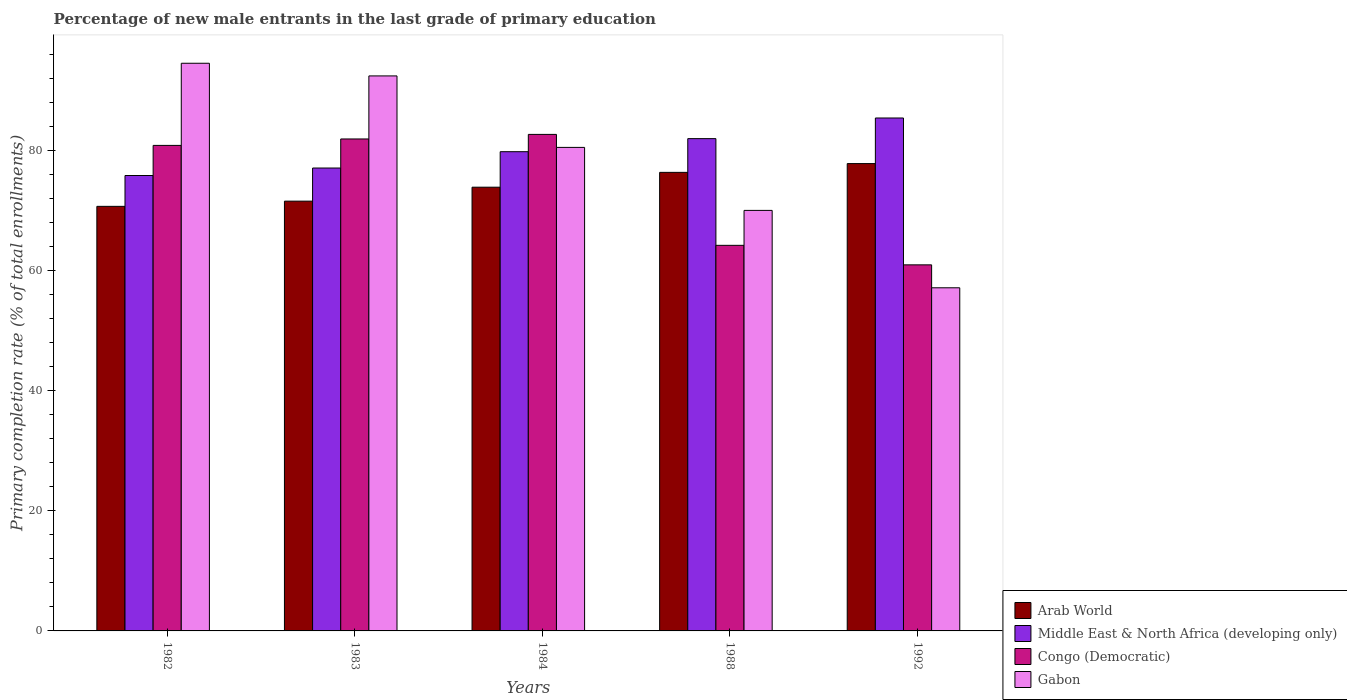
| Years | Arab World | Middle East & North Africa (developing only) | Congo (Democratic) | Gabon |
 | --- | --- | --- | --- | --- |
 | 1982 | 70.7 | 75.8 | 80.8 | 94.5 |
 | 1983 | 71.5 | 77 | 81.9 | 92.4 |
 | 1984 | 73.9 | 79.8 | 82.6 | 80.5 |
 | 1988 | 76.3 | 81.9 | 64.2 | 70 |
 | 1992 | 77.8 | 85.4 | 60.9 | 57.1 |